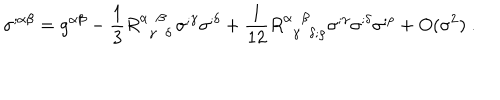
LaTeX: \sigma ^ { ; \alpha \beta } = g ^ { \alpha \beta } - \frac { 1 } { 3 } R _ { ~ ~ \gamma ~ ~ \delta } ^ { \alpha ~ ~ \beta ~ ~ } \sigma ^ { ; \gamma } \sigma ^ { ; \delta } + \frac { 1 } { 1 2 } R _ { ~ ~ \gamma ~ ~ \delta ; \rho } ^ { \alpha ~ ~ \beta ~ ~ } \sigma ^ { ; \gamma } \sigma ^ { ; \delta } \sigma ^ { ; \rho } + O ( \sigma ^ { 2 } ) ~ .